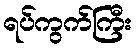
ရပ်ကွက်ကြီး